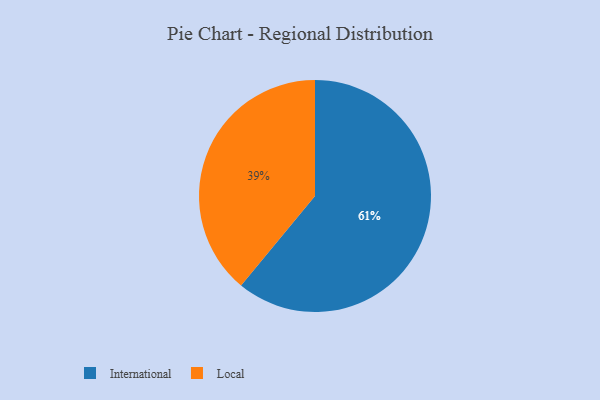
{"axis": {"x": "Category", "y": "Percentage"}, "legend": ["International", "Local"], "data": [{"x": "International", "y": 61, "type": "International"}, {"x": "Local", "y": 39, "type": "Local"}]}